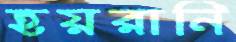
হয়রানি